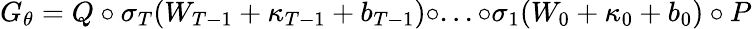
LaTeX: G_{\theta}=Q\circ\sigma_{T}(W_{T-1}+\kappa_{T-1}+\textit{b}_{T-1})\circ...\circ\sigma_{1}(W_{0}+\mathbf{\kappa}_{0}+\textit{b}_{0})\circ P